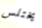
يختلس